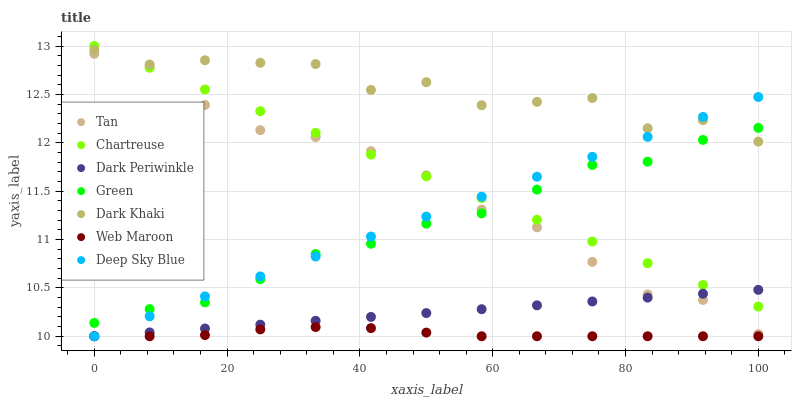
| xaxis_label | Tan | Chartreuse | Dark Periwinkle | Green | Dark Khaki | Web Maroon | Deep Sky Blue |
 | --- | --- | --- | --- | --- | --- | --- | --- |
 | 0 | 12.9 | 13 | 10 | 10.1 | 13 | 10 | 10 |
 | 8.33 | 12.8 | 12.8 | 10 | 10.3 | 12.8 | 10 | 10.2 |
 | 16.7 | 12.4 | 12.6 | 10.1 | 10.3 | 12.9 | 10 | 10.4 |
 | 25 | 12.1 | 12.3 | 10.1 | 10.6 | 12.8 | 10.1 | 10.6 |
 | 33.3 | 12.1 | 12.1 | 10.2 | 10.8 | 12.8 | 10.1 | 10.8 |
 | 41.7 | 11.9 | 11.9 | 10.2 | 11 | 12.5 | 10.1 | 11 |
 | 50 | 11.7 | 11.7 | 10.2 | 11.2 | 12.6 | 10 | 11.2 |
 | 58.3 | 11.3 | 11.4 | 10.3 | 11.3 | 12.4 | 10 | 11.4 |
 | 66.7 | 11.1 | 11.2 | 10.3 | 11.5 | 12.4 | 10 | 11.6 |
 | 75 | 10.8 | 11 | 10.4 | 11.8 | 12.5 | 10 | 11.9 |
 | 83.3 | 10.4 | 10.8 | 10.4 | 11.8 | 12.2 | 10 | 12.1 |
 | 91.7 | 10.4 | 10.5 | 10.4 | 12 | 12.2 | 10 | 12.3 |
 | 100 | 10 | 10.3 | 10.5 | 12.2 | 12 | 10 | 12.5 |